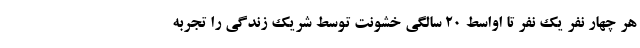
هر چهار نفر یک نفر تا اواسط ۲۰ سالگی خشونت توسط شریک زندگی را تجربه